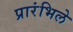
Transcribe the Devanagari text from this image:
प्रारंभिले